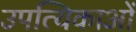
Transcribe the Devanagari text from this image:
उपत्यिकाओं